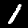
Digit: 1